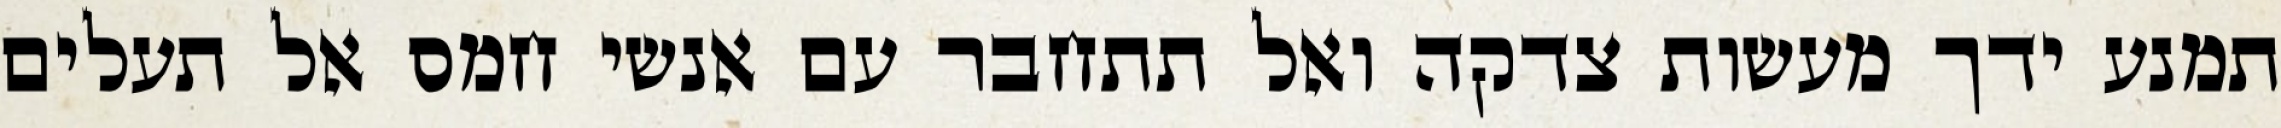
תמנע ידך מעשות צדקה ואל תתחבר עם אנשי חמס אל תעלים